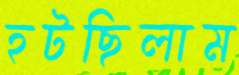
হটছিলাম